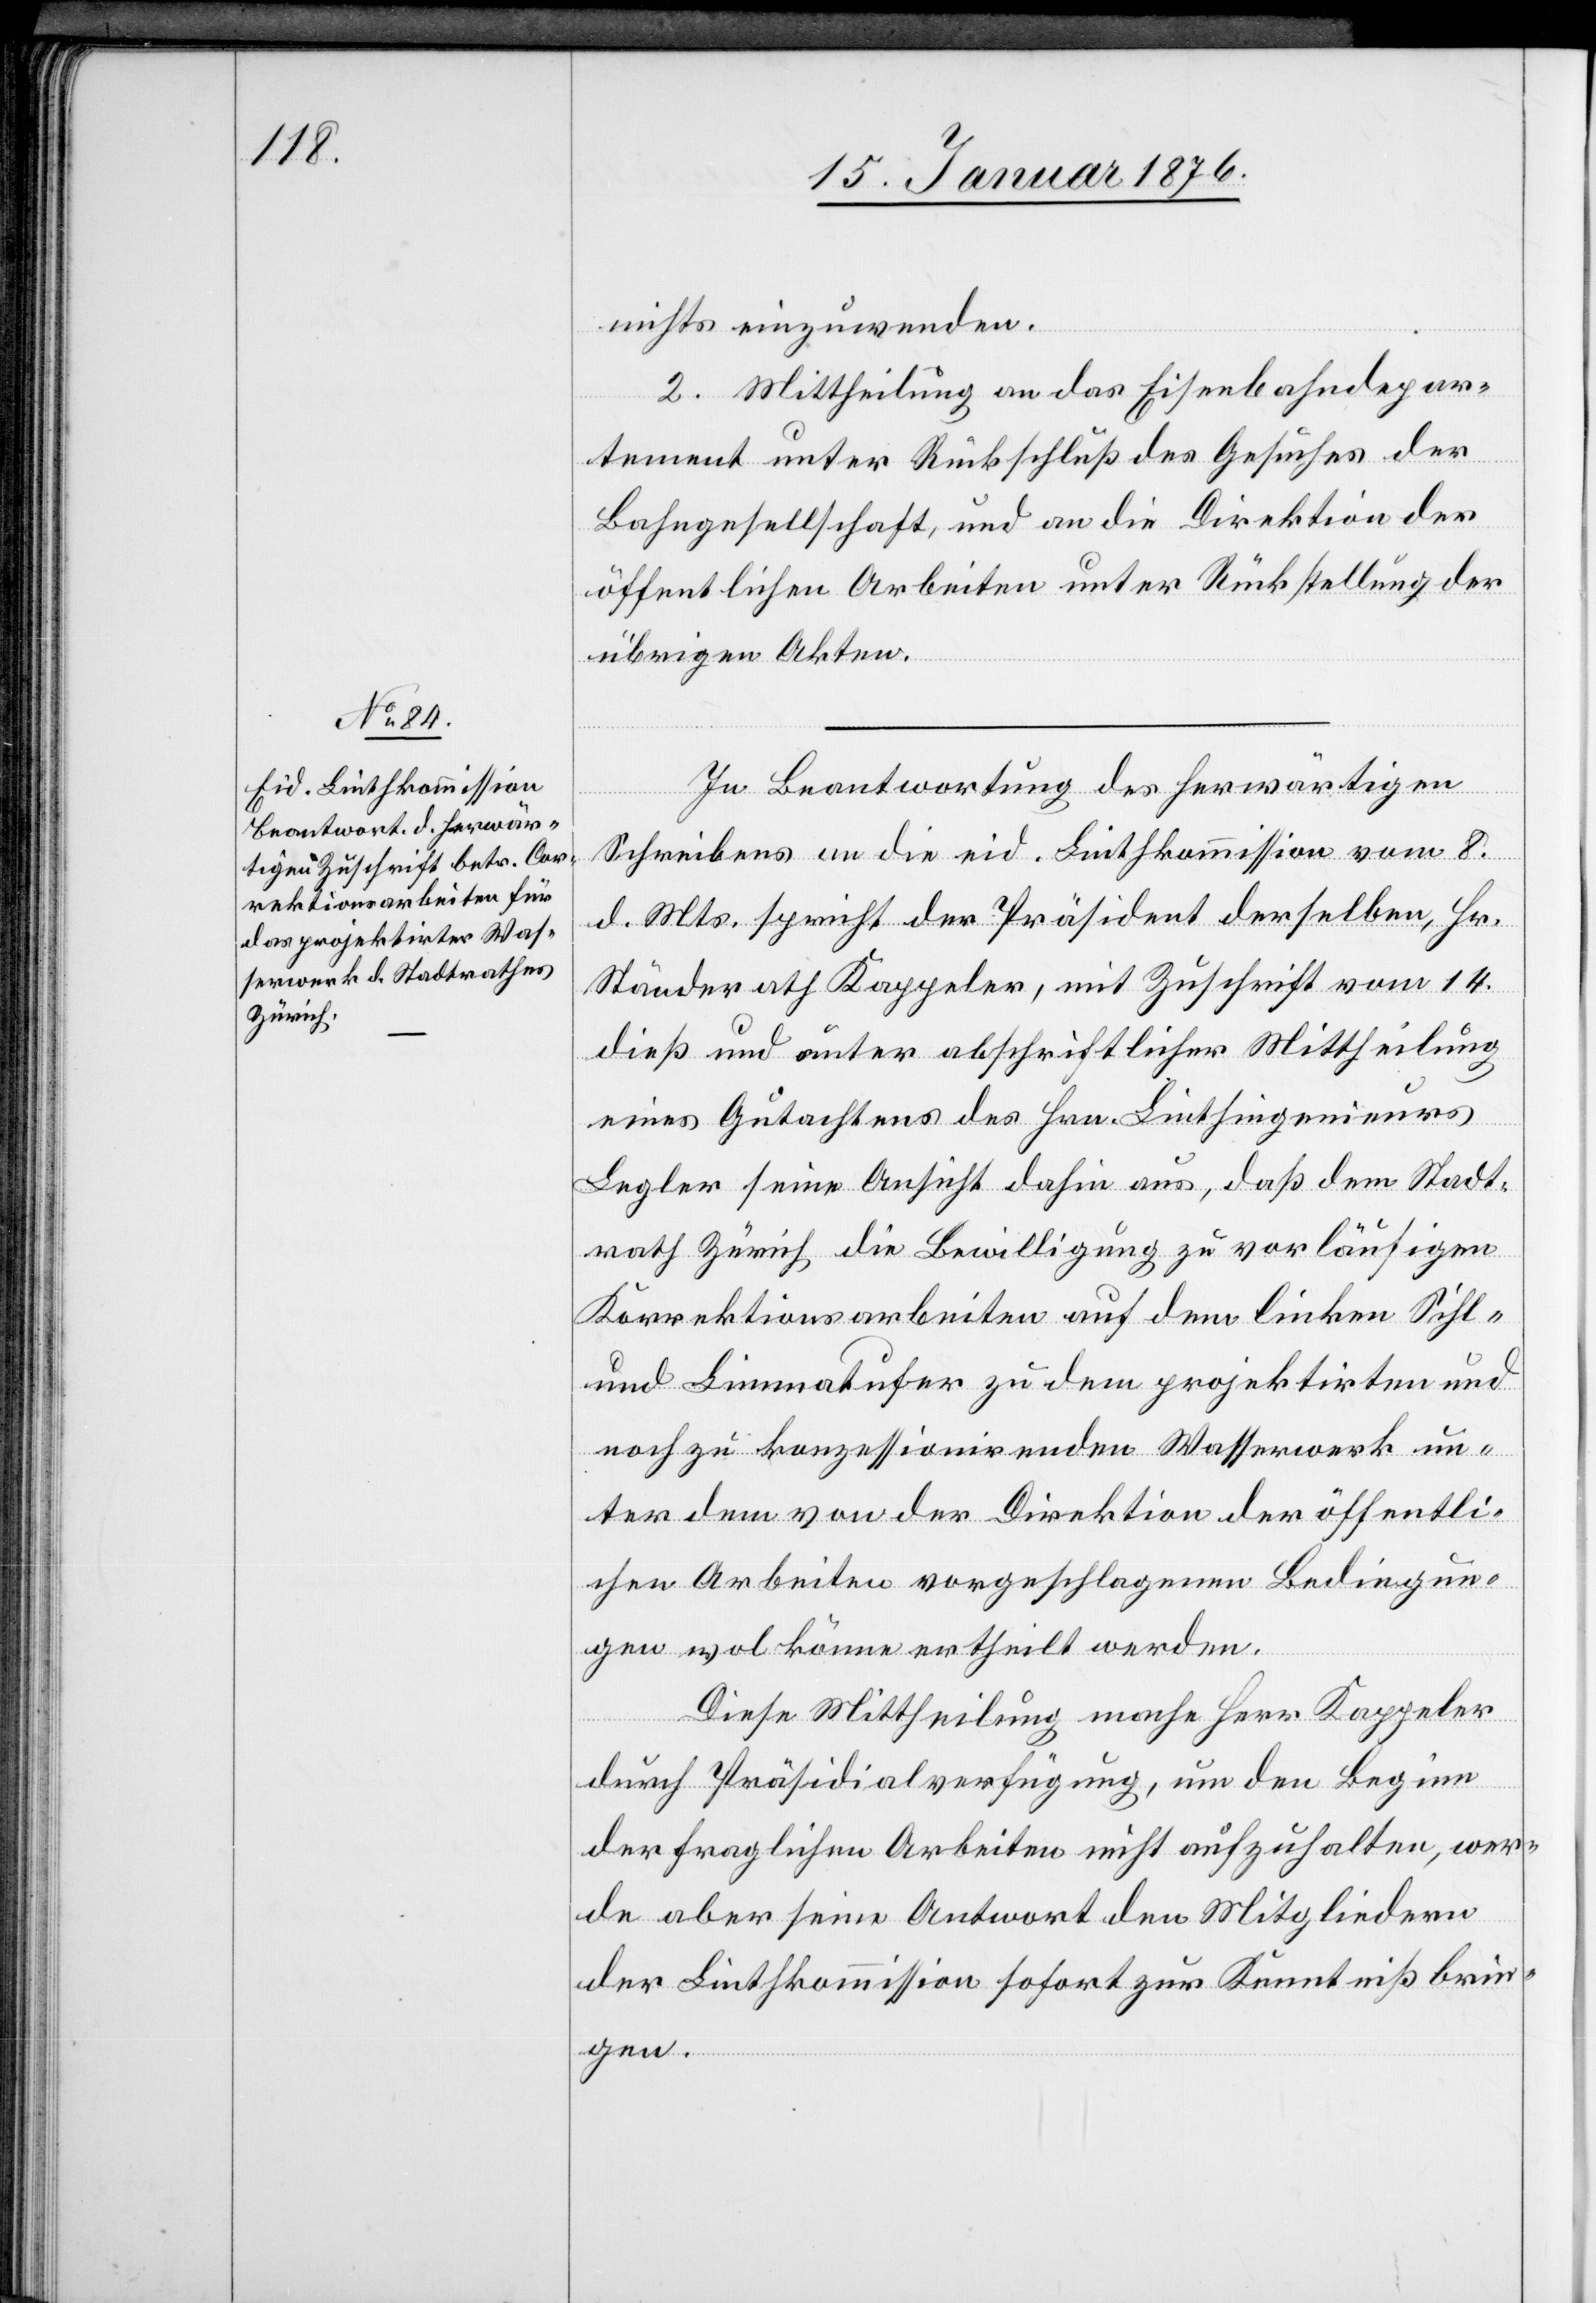
nichts einzuwenden.
2. Mittheilung an das Eisenbahndepar¬
tement unter Rückschluß des Gesuches der
Bahngesellschaft, und an die Direktion der
öffentlichen Arbeiten unter Rückstellung der
übrigen Akten.
In Beantwortung des herwärtigen
Schreibens an die eid. Linthkommission vom 8.
d. Mts. spricht der Präsident derselben, Hr.
Ständerath Kappeler, mit Zuschrift vom 14.
dieß und unter abschriftlicher Mittheilung
eines Gutachtens des Hrn. Linthingenieurs
Legler seine Ansicht dahin aus, daß dem Stadt¬
rath Zürich die Bewilligung zu vorläufigen
Korrektionsarbeiten auf dem linken Sihl-
und Limmatufer zu dem projektirten und
noch zu konzessionirenden Wasserwerk un¬
ter dem [sic!] von der Direktion der öffentli¬
chen Arbeiten vorgeschlagenen Bedingun¬
gen wol könne ertheilt werden.
Diese Mittheilung mache Herr Kappeler
durch Präsidialverfügung, um den Beginn
der fraglichen Arbeiten nicht aufzuhalten, wer¬
de aber seine Antwort den Mitgliedern
der Linthkommission sofort zur Kenntniß brin¬
gen.